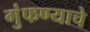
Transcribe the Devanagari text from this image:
गुंफण्याचे